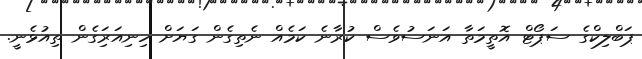
ޕަބްލިކްގެ ސަޕޯޓް އޮތީމަތާ އަނަސުވެސް ކުރާނެ ކަމެއް ނެތިގެން ގަޔަށް ހިނިއަރަިގެން ތިއުޅެނީ.